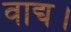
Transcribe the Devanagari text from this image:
वाद्य।